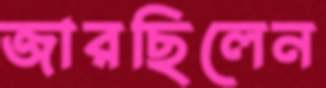
জারছিলেন